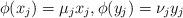
LaTeX: \begin{align*}\phi(x_j)= \mu_j x_j, \phi(y_j)= \nu_j y_j\end{align*}